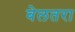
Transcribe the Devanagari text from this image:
बेलतरा